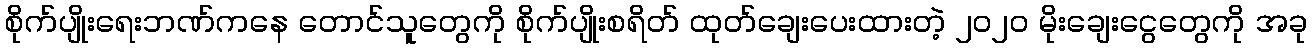
စိုက်ပျိုးရေးဘဏ်ကနေ တောင်သူတွေကို စိုက်ပျိုးစရိတ် ထုတ်ချေးပေးထားတဲ့ ၂၀၂၀ မိုးချေးငွေတွေကို အခု